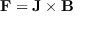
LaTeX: \mathbf { F } = \mathbf { J } \times \mathbf { B }